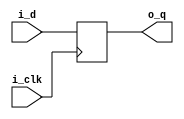
module block(
	output reg 		o_q,
	input			i_d,
	input			i_clk
);

	reg 			n1;
	always @(posedge i_clk) begin 
		n1 = i_d;
		o_q = n1;
		
	end 
endmodule